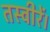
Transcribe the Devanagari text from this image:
तस्वीरें।